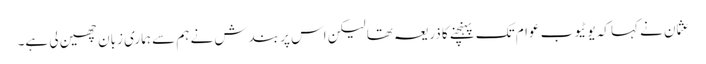
عثمان نے کہا کہ یوٹیوب عوام تک پہنچنے کا ذریعہ تھا لیکن اس پر بندش نے ہم سے ہماری زبان چھین لی ہے۔